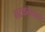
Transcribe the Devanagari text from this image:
भटकनेवालों